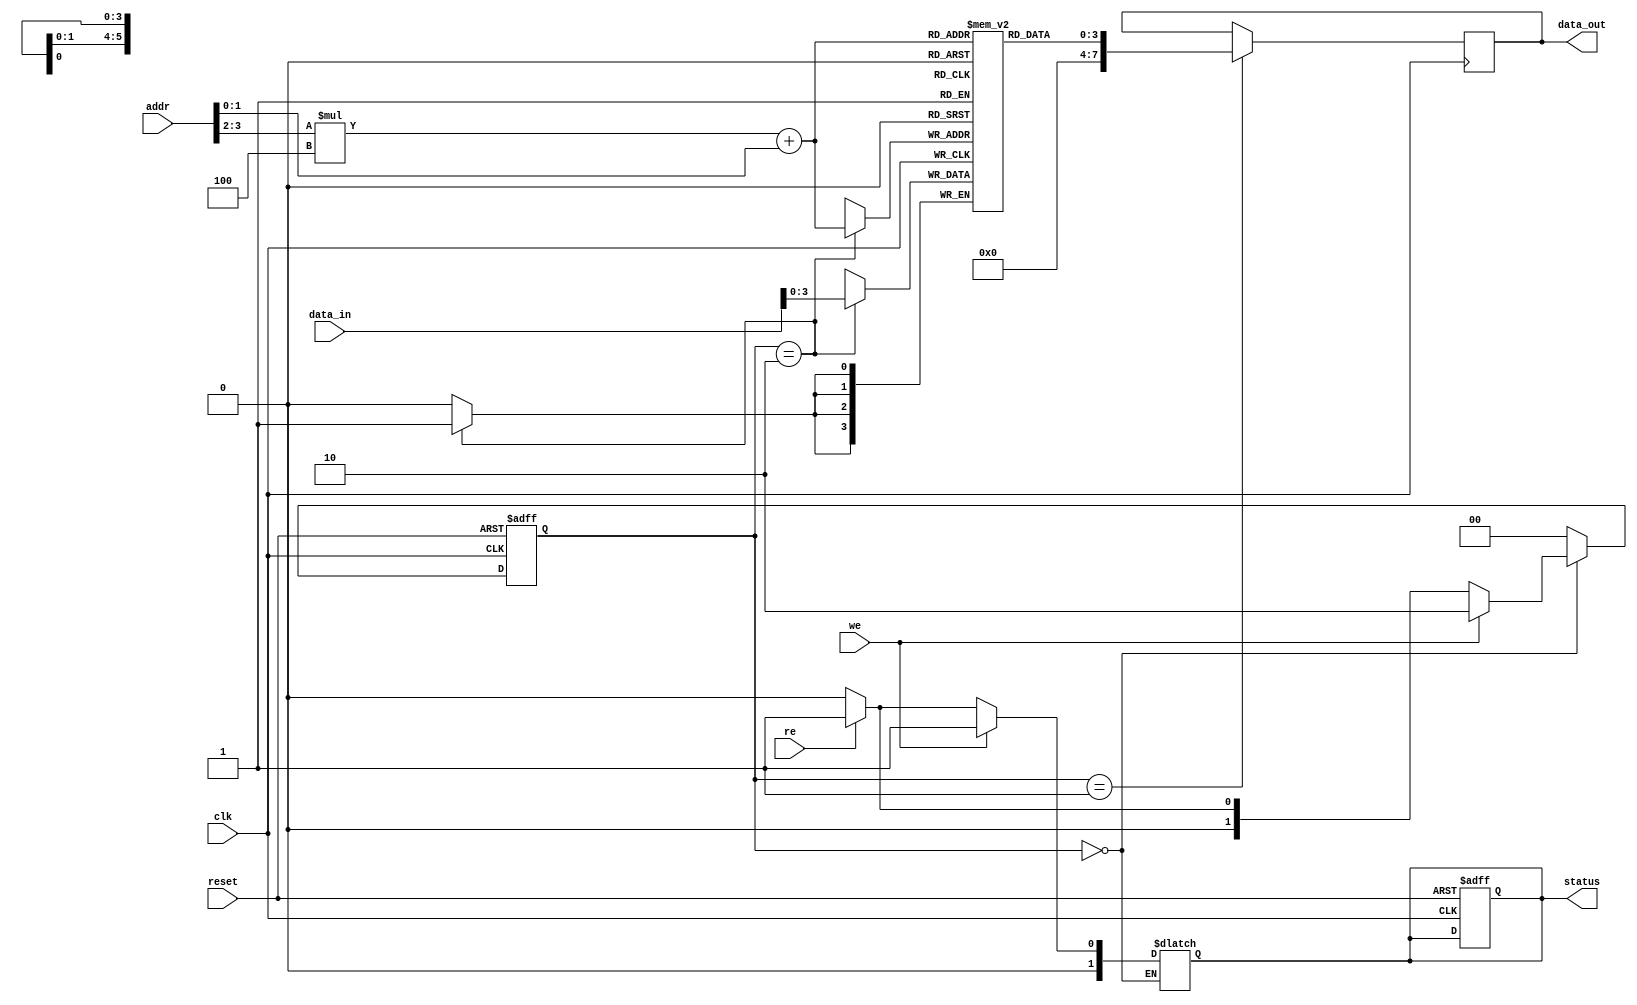
module mlc_nand_io_block (
    input wire [7:0] data_in,      // Input data bus
    input wire [3:0] addr,         // Address lines
    input wire we,                 // Write enable
    input wire re,                 // Read enable
    input wire clk,                // Clock signal
    input wire reset,              // Asynchronous reset
    output reg [7:0] data_out,     // Output data bus
    output reg [1:0] status        // Status signals
);

// Parameters for state machine
parameter IDLE = 2'b00;
parameter READ = 2'b01;
parameter WRITE = 2'b10;
parameter ERASE = 2'b11;

// Internal memory array (2D array for MLC)
reg [3:0] memory_array [0:15][0:3]; // Example: 16x4 MLC NAND cells (4 bits per cell)
reg [1:0] current_state, next_state;
reg [3:0] selected_row, selected_col;

// Error correction code (ECC) placeholder
// In a real design, this would be replaced with actual ECC implementation
wire ecc_error_detected;

// State machine
always @(posedge clk or posedge reset) begin
    if (reset) begin
        current_state <= IDLE;
        status <= 2'b00; // Ready
    end else begin
        current_state <= next_state;
    end
end

// Next state logic
always @(*) begin
    case (current_state)
        IDLE: begin
            if (we) begin
                next_state = WRITE;
                status = 2'b01; // Busy
            end else if (re) begin
                next_state = READ;
                status = 2'b01; // Busy
            end else begin
                next_state = IDLE;
                status = 2'b00; // Ready
            end
        end
        WRITE: begin
            next_state = IDLE;
        end
        READ: begin
            next_state = IDLE;
        end
        default: begin
            next_state = IDLE;
        end
    endcase
end

// Write logic
always @(posedge clk) begin
    if (current_state == WRITE) begin
        selected_row = addr[3:2]; // Example row selection
        selected_col = addr[1:0]; // Example column selection
        memory_array[selected_row][selected_col] <= data_in[3:0]; // Store lower 4 bits
        // Additional logic for MLC programming can be added here
    end
end

// Read logic
always @(posedge clk) begin
    if (current_state == READ) begin
        selected_row = addr[3:2]; // Example row selection
        selected_col = addr[1:0]; // Example column selection
        data_out <= memory_array[selected_row][selected_col]; // Read data
        // Additional logic for reading multi-level data can be added here
    end
end

// ECC simulation placeholder
assign ecc_error_detected = 1'b0; // Placeholder for ECC logic

endmodule